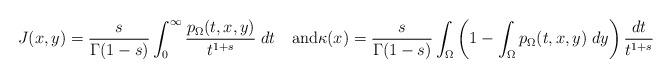
\begin{align*}J(x,y)=\frac{s}{\Gamma(1-s)}\int_0^\infty\frac{p_{\Omega}(t,x,y)}{t^{1+s}}\;dt\quad\hbox{and}\kappa(x)=\frac{s}{\Gamma(1-s)}\int_\Omega\left(1-\int_\Omega p_{\Omega}(t,x,y)\;dy\right)\frac{dt}{t^{1+s}}\end{align*}